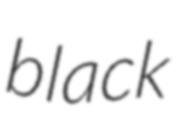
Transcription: black